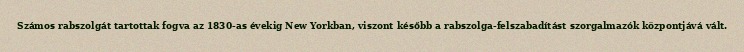
Számos rabszolgát tartottak fogva az 1830-as évekig New Yorkban, viszont később a rabszolga-felszabadítást szorgalmazók központjává vált.